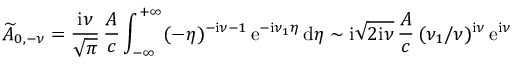
\widetilde { A } _ { 0 , - \nu } = \frac { \mathrm { i } \nu } { \sqrt { \pi } } \, \frac { { \cal A } } { c } \int _ { - \infty } ^ { + \infty } ( - \eta ) ^ { - \mathrm { i } \nu - 1 } \, \mathrm { e } ^ { - \mathrm { i } \nu _ { 1 } \eta } \, \mathrm { d } \eta \sim \mathrm { i } \sqrt { 2 \mathrm { i } \nu } \, \frac { { \cal A } } { c } \, ( \nu _ { 1 } / \nu ) ^ { \mathrm { i } \nu } \, \mathrm { e } ^ { \mathrm { i } \nu }